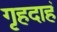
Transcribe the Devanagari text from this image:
गृहदाहं